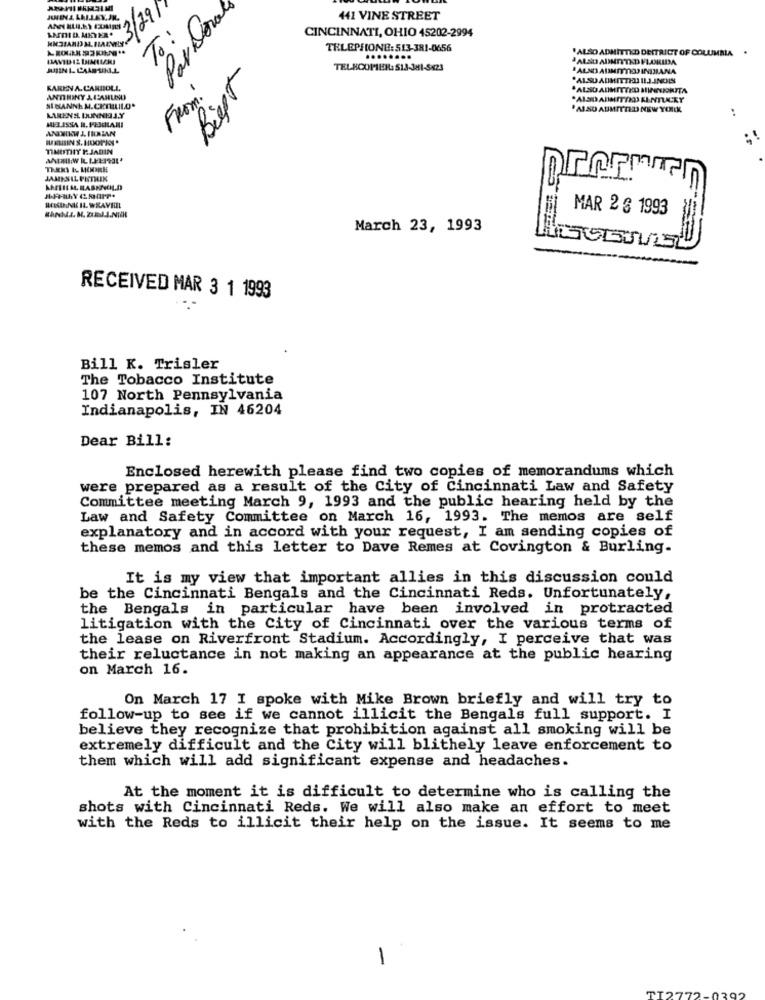
Par Dovale
3/29
441 VINE STREET
ANDID MEYER.
CINCINNATI, OHIO 45202-2994
TELEPHONE: 513-381-0656
.ALSO ADMITTED DESTRICT OF COLUMBIA
ALSO ADMITTED FLORIDA
Biegt
TELHCOPIER: 513-381-5623
.ALND ADMITTED INDIANA
.ALSO ADMITTED ILJ.INOIS
KAREN A.CARBOLL.
ALSO ADMITTED MINORITA
ANTIRINY & LARUNU
From:
NINANNE M.CEMILILO'
'ALSO AUMITTED NEW YORK
LIENS DUNNE JY
MELISSA R. PESCILARI
ANNIKW J. IRRIAN
TIMESTHY P. JADIN
HELSINKI WAYHIL
MAR 2 6 1993
March 23, 1993
RECEIVED MAR 3 1 1993
Bill K. Trisler
The Tobacco Institute
107 North Pennsylvania
Indianapolis, IN 46204
Dear Bill:
Enclosed herewith please find two copies of memorandums which
were prepared as a result of the City of Cincinnati Law and Safety
Committee meeting March 9, 1993 and the public hearing held by the
Law and Safety Committee on March 16, 1993. The memos are self
explanatory and in accord with your request, I am sending copies of
these memos and this letter to Dave Remes at Covington & Burling-
It is my view that important allies in this discussion could
be the Cincinnati Bengals and the Cincinnati Reds. Unfortunately,
the Bengals in particular have been involved in protracted
litigation with the City of Cincinnati over the various terms of
the lease on Riverfront Stadium. Accordingly, I perceive that was
their reluctance in not making an appearance at the public hearing
on March 16.
On March 17 I spoke with Mike Brown briefly and will try to
follow-up to see if we cannot illicit the Bengals full support. I
believe they recognize that prohibition against all smoking will be
extremely difficult and the City will blithely leave enforcement to
them which will add significant expense and headaches.
At the moment it is difficult to determine who is calling the
shots with Cincinnati Reds. We will also make an effort to meet
with the Reds to illicit their help on the issue. It seems to me
-
TI2772.